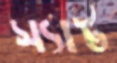
স্যাট